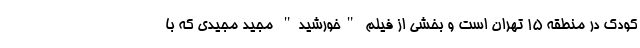
کودک در منطقه 15 تهران است و بخشی از فیلم "خورشید" مجید مجیدی که با